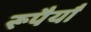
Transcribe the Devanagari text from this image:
रूपैयाँ